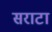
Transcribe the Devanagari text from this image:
सराटा